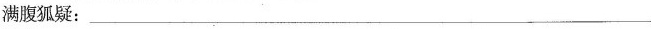
满腹狐疑：___________________________________________________________